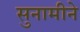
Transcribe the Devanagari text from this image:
सुनामीने